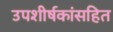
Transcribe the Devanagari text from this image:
उपशीर्षकांसहित